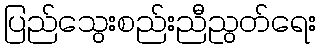
ပြည်သွေးစည်းညီညွတ်ရေး